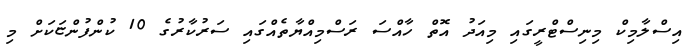
އިސްލާމިކް މިނިސްޓްރީގައި މިއަދު އޮތް ހާއްސަ ރަސްމިއްޔާތެއްގައި ސަރުކާރުގެ 10 ކުންފުންޏަކަށް މި